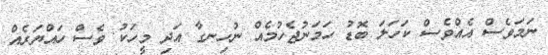
ނަމަވެސް އެއްވެސް ކަހަލަ ބޮޑު ހަމަނުޖެހުމެއް ނުހިނގާ އަދި މީހަކު ވެސް ހައްޔަރެއް